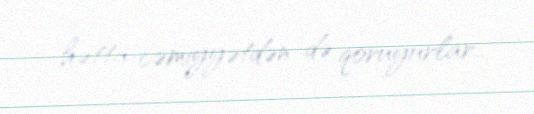
hətta cəmiyyətdən də qoruyurlar..